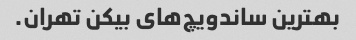
بهترین ساندویچ‌های بیکن تهران.